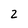
Character: 2